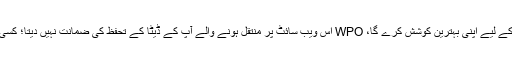
تاہم WPO آپ کے ذاتی ڈیٹا کی حفاظت کے لیے اپنی بہترین کوشش کرے گا، WPO اس ویب سائٹ پر منتقل ہونے والے آپ کے ڈیٹا کے تحفظ کی ضمانت نہیں دیتا؛ کسی بھی منتقلی کے لیے آپ خود ذمہ دار ہیں۔